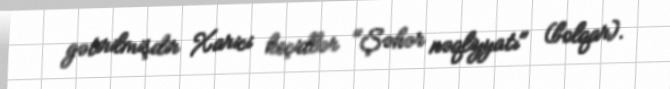
gətirilmişdir Xarici keçidlər "Şəhər nəqliyyatı" (bolqar).